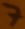
Text: 7